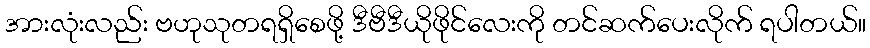
အားလုံးလည်း ဗဟုသုတရရှိစေဖို့ ဒီဗီဒီယိုဖိုင်လေးကို တင်ဆက်ပေးလိုက် ရပါတယ်။